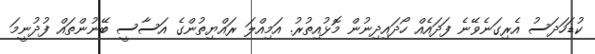
ކުޑަހަދަސު އެރިގަނެވޭނެ ފަދައެއް ހޯދައިދިނުން މޮޅުއިތުރު. އަމިއްލަ ރައްޔިތުންގެ އަސާސީ ބޭނުންތައް ފުދުނީމަ